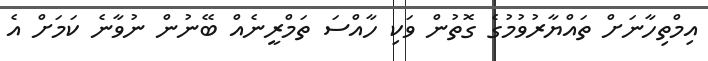
އިމްތިހާނަށް ތައްޔާރުވުމުގެ ގޮތުން ވަކި ހާއްސަ ތަމްރީނެއް ބޭނުން ނުވާނެ ކަމަށް އެ